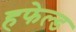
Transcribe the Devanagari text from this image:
हफेल्ड